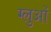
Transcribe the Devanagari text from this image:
ग्लुओं